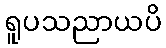
ရူပသညာယပိ